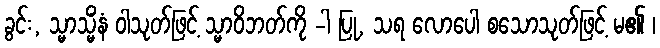
ခွင်း, သ္မာသ္မိံနံ ဝါသုတ်ဖြင့် သ္မာဝိဘတ်ကို -ါ ပြု, သရ လောပေါ စသောသုတ်ဖြင့် မ၏ ၊